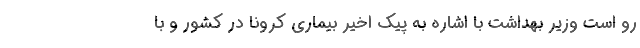
رو است وزیر بهداشت با اشاره به پیک اخیر بیماری کرونا در کشور و با